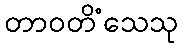
တာဝတိံသေသု